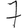
Digit: 7